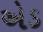
એડ